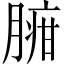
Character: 𦟉